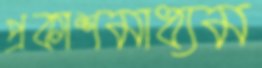
প্রকাশমাধ্যম